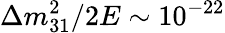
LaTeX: \Delta m_{31}^{2}/{2E}\sim 10^{-22}